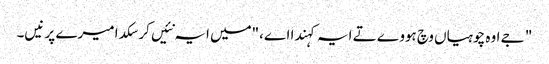
" جے اوہ چوہیاں وچ ہووے تے ایہ کہندا اے،"میں ایہ نئیں کر سکدا میرے پر نیں۔